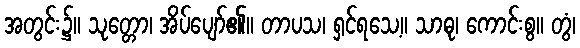
အတွင်း၌။ သုတ္တော၊ အိပ်ပျော်၏။ တာပသ၊ ရှင်ရသေ့။ သာဓု၊ ကောင်းစွ။ တွံ၊